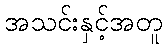
အသင်းနှင့်အတူ